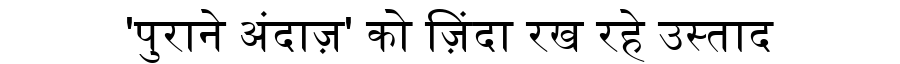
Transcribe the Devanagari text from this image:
'पुराने अंदाज़' को ज़िंदा रख रहे उस्ताद